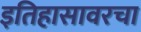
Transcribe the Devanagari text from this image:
इतिहासावरचा